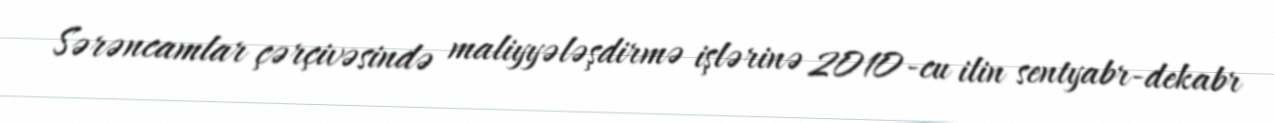
Sərəncamlar çərçivəsində maliyyələşdirmə işlərinə 2010-cu ilin sentyabr-dekabr